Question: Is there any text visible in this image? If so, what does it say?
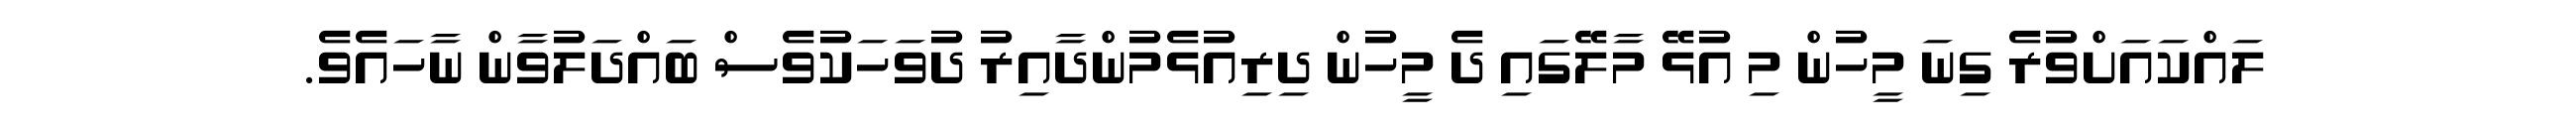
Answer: ލައްކައަށްވުރެ ގިނަ މީހުން މި އުޅޭ މާލޭގައި ދެ މީހުން ދިރިއުޅެމުންދާއިރު ދުވަހަކުވެސް ބައްދަލުވާން ނާހައެވެ.